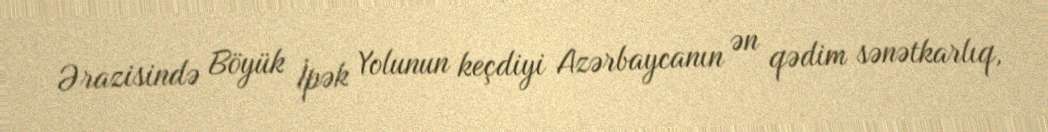
Ərazisində Böyük İpək Yolunun keçdiyi Azərbaycanın ən qədim sənətkarlıq,